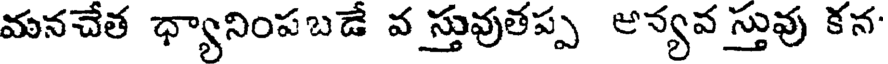
మనచేత ధ్యానింపబడే వ స్తువుతప్ప అన్యవ స్తువు కన